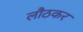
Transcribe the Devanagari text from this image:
लौठकर